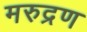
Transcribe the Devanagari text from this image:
मरुद्रण